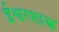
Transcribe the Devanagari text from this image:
ईश्वरशास्त्र